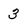
Character: 3